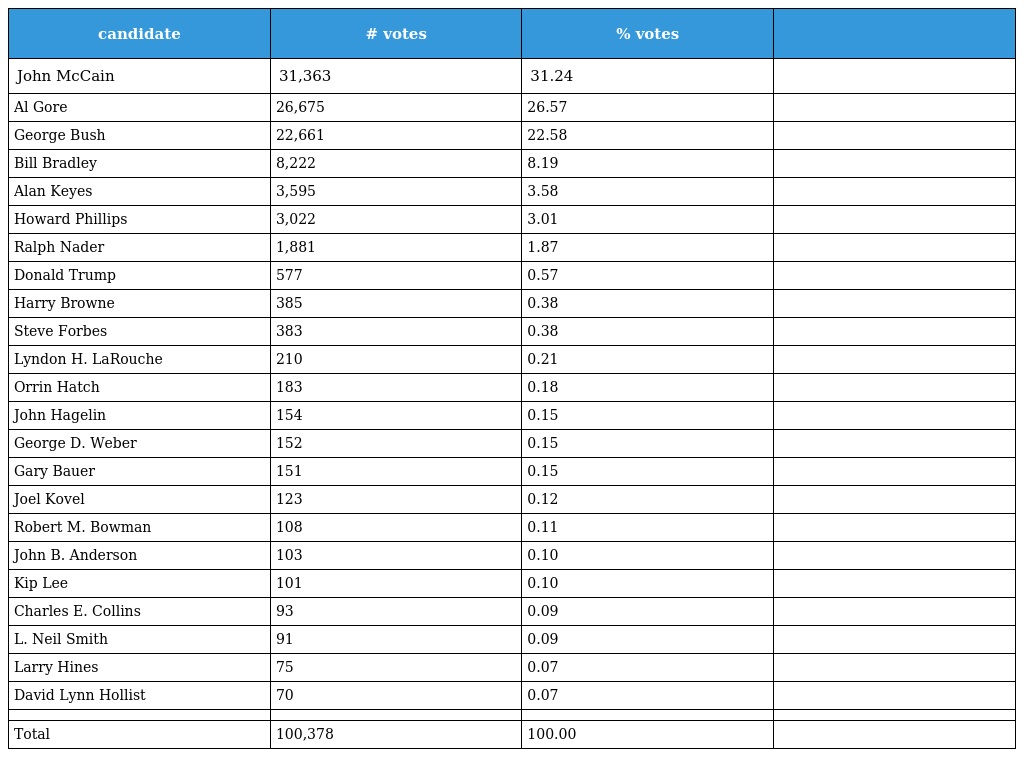
| candidate | # votes | % votes |  |
 | --- | --- | --- | --- |
 | John McCain | 31,363 | 31.24 |  |
 | Al Gore | 26,675 | 26.57 |  |
 | George Bush | 22,661 | 22.58 |  |
 | Bill Bradley | 8,222 | 8.19 |  |
 | Alan Keyes | 3,595 | 3.58 |  |
 | Howard Phillips | 3,022 | 3.01 |  |
 | Ralph Nader | 1,881 | 1.87 |  |
 | Donald Trump | 577 | 0.57 |  |
 | Harry Browne | 385 | 0.38 |  |
 | Steve Forbes | 383 | 0.38 |  |
 | Lyndon H. LaRouche | 210 | 0.21 |  |
 | Orrin Hatch | 183 | 0.18 |  |
 | John Hagelin | 154 | 0.15 |  |
 | George D. Weber | 152 | 0.15 |  |
 | Gary Bauer | 151 | 0.15 |  |
 | Joel Kovel | 123 | 0.12 |  |
 | Robert M. Bowman | 108 | 0.11 |  |
 | John B. Anderson | 103 | 0.10 |  |
 | Kip Lee | 101 | 0.10 |  |
 | Charles E. Collins | 93 | 0.09 |  |
 | L. Neil Smith | 91 | 0.09 |  |
 | Larry Hines | 75 | 0.07 |  |
 | David Lynn Hollist | 70 | 0.07 |  |
 |  |  |  |  |
 | Total | 100,378 | 100.00 |  |